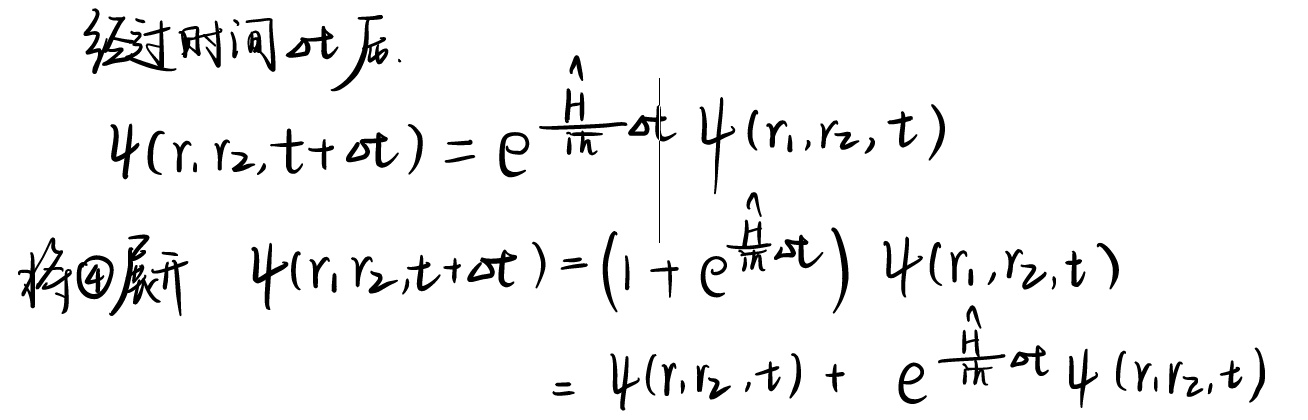
经过时间\(\Delta t\)后，
\[
\psi(r_1,r_2,t + \Delta t)=e^{\frac{\hat{H}}{i\hbar}\Delta t}\psi(r_1,r_2,t)
\]
将\textcircled{4}展开
\[
\begin{align*}
\psi(r_1,r_2,t + \Delta t)&=(1 + e^{\frac{\hat{H}}{i\hbar}\Delta t})\psi(r_1,r_2,t)\\
&=\psi(r_1,r_2,t)+e^{\frac{\hat{H}}{i\hbar}\Delta t}\psi(r_1,r_2,t)
\end{align*}
\]